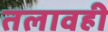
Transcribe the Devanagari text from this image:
तलावही